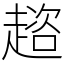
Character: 趦